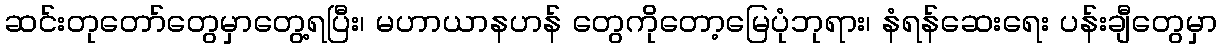
ဆင်းတုတော်တွေမှာတွေ့ရပြီး၊ မဟာယာနဟန် တွေကိုတော့မြေပုံဘုရား၊ နံရန်ဆေးရေး ပန်းချီတွေမှာ